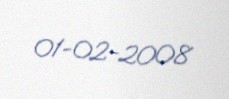
01-02-2008